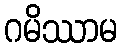
ဂမိဿာမ